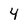
Character: 4